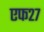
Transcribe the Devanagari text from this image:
एफ२७